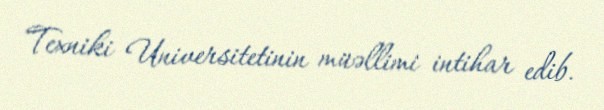
Texniki Universitetinin müəllimi intihar edib.